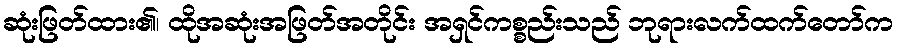
ဆုံးဖြတ်ထား၏၊ ထိုအဆုံးအဖြတ်အတိုင်း အရှင်ကစ္စည်းသည် ဘုရားလက်ထက်တော်က